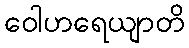
ဝေါဟရေယျာတိ